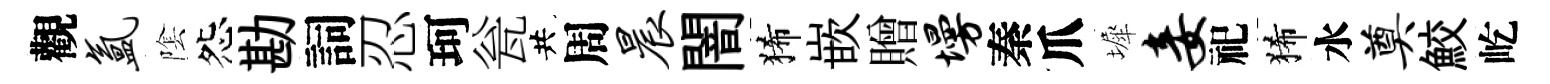
觀氲隂怨勘詞忍珂瓮共周晨闇狶嵌贈墁秦爪墀妾祀狶水奠鮫屹